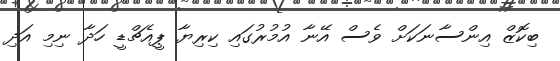
ބިކޮޒް އިންސާނަކަށް ވެސް އޭނާ އުމުުރުގައި ކިރިޔާ ޕީއެޗްޑީ ހަދާ ނިމި އަދި